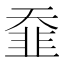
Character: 䪞